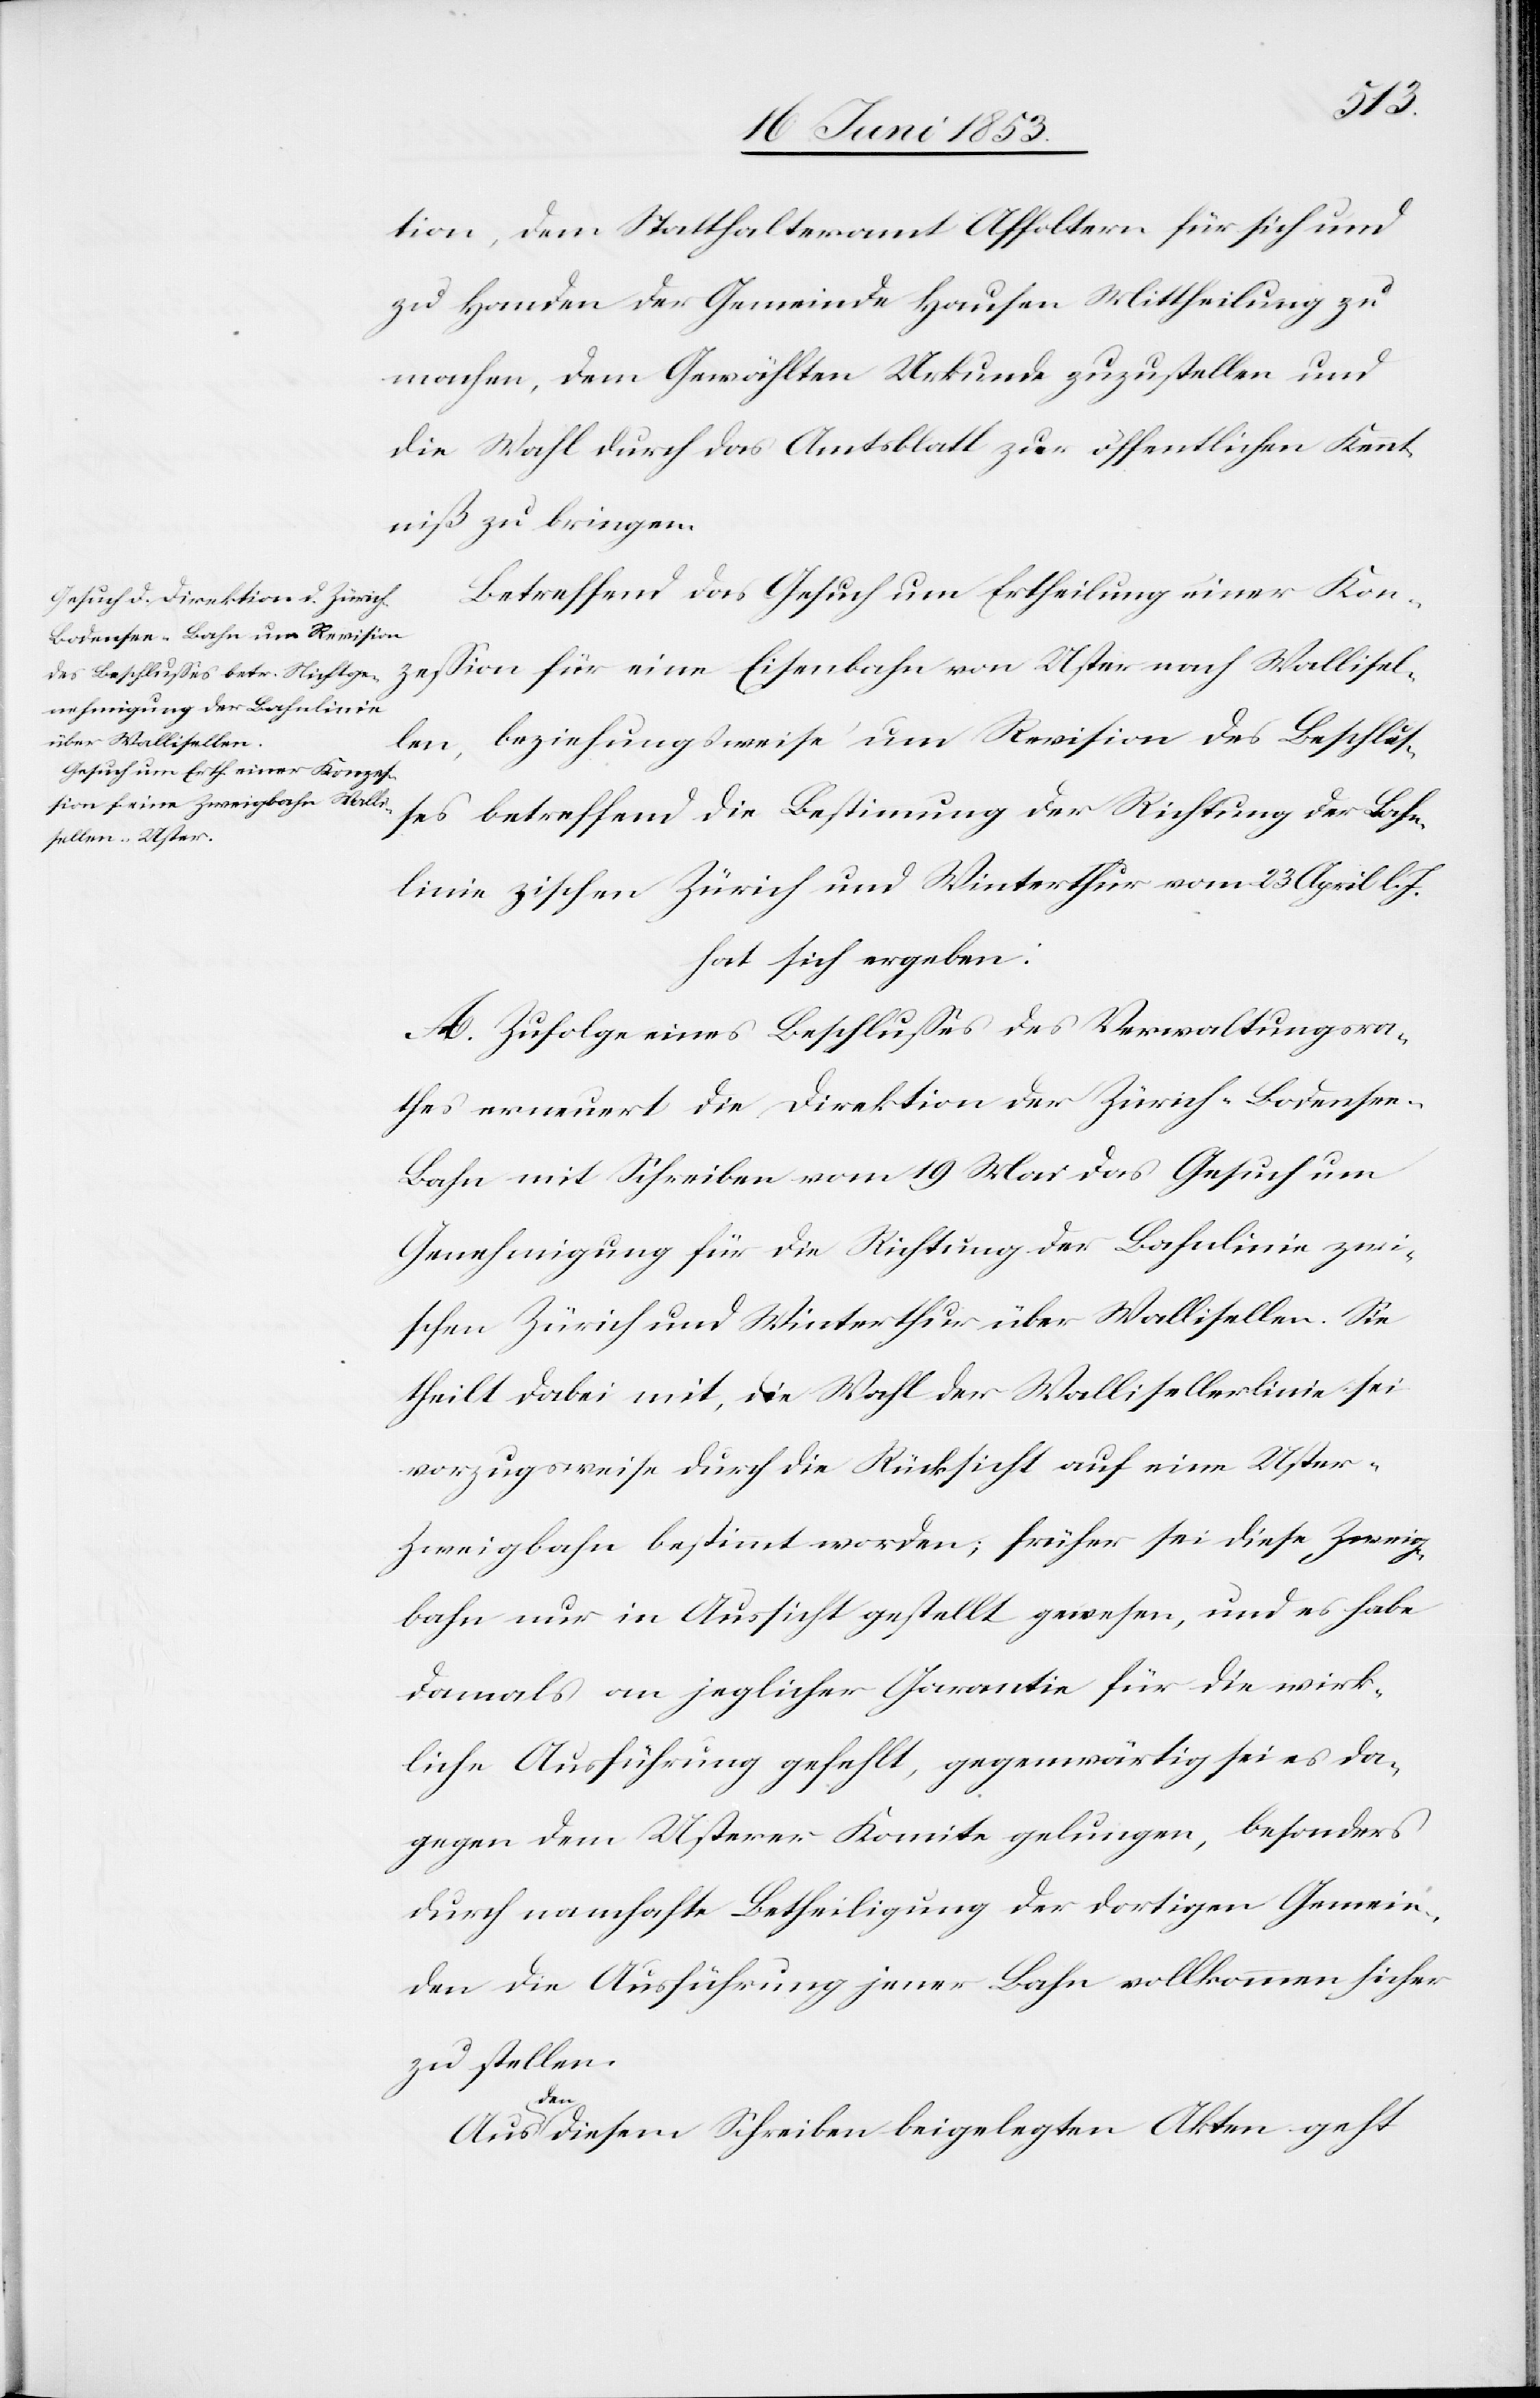
tion, dem Statthalteramte Affoltern für sich und
zu Handen der Gemeinde Hausen Mittheilung zu
machen, dem Gewählten Urkunde zuzustellen und
die Wahl durch das Amtsblatt zur öffentlichen Kennt¬
niß zu bringen.
Betreffend das Gesuch um Ertheilung einer Kon¬
zeßion für eine Eisenbahn von Uster nach Wallisel¬
len, beziehungsweise um Revision des Beschlu¬
ßes betreffend die Bestimmung der Richtung der Bahn¬
linie z[w]ischen Zürich und Winterthur vom 23 April l. J.
hat sich ergeben:
A. Zufolge eines Beschlußes des Verwaltungsra¬
thes erneuert die Direktion der Zürich-Bodense¬
e-Bahn mit Schreiben vom 19 Mai das Gesuch um
Genehmigung für die Richtung der Bahnlinie zwi¬
schen Zürich und Winterthur über Wallisellen. Sie
theilt dabei mit, die Wahl der Wallisellerlinie sei
vorzugsweise durch die Rücksicht auf eine Uster-Z¬
weigbahn bestimmt worden; früher sei diese Zweig¬
bahn nur in Aussicht gestellt gewesen, und es habe
damals an jeglicher Garantie für die wirk¬
liche Ausführung gefehlt, gegenwärtig sei es da¬
gegen dem Usterer Komite gelungen, besonders
durch namhafte Betheiligung der dortigen Gemein¬
den die Ausführung jener Bahn vollkommen sicher
zu stellen.
den diesem Schreiben beigelegten Akten geht